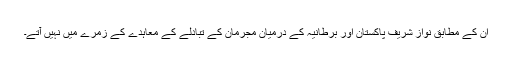
ان کے مطابق نواز شریف پاکستان اور برطانیہ کے درمیان مجرمان کے تبادلے کے معاہدے کے زمرے میں نہیں آتے۔